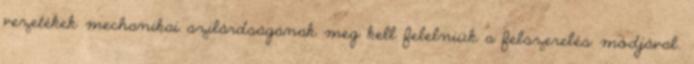
vezetékek mechanikai szilárdságának meg kell felelniük a felszerelés módjával.